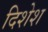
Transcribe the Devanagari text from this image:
दिशेश